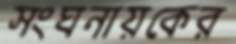
সংঘনায়কের